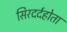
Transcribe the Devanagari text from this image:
सिरदर्दहोता